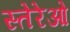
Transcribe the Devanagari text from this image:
स्तेरेओ